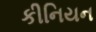
કીનિયન